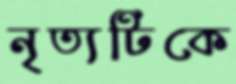
নৃত্যটিকে